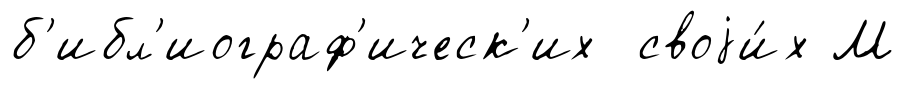
б'ибл'иограф'ическ'их своjи́х М